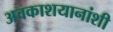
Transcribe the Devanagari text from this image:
अवकाशयानांशी